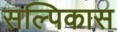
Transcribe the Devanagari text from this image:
सल्पिकास